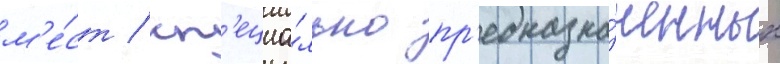
м'е́ст / сп'ециа́льно пр'едназна́ченных